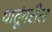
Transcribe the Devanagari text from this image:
धातूंवरील